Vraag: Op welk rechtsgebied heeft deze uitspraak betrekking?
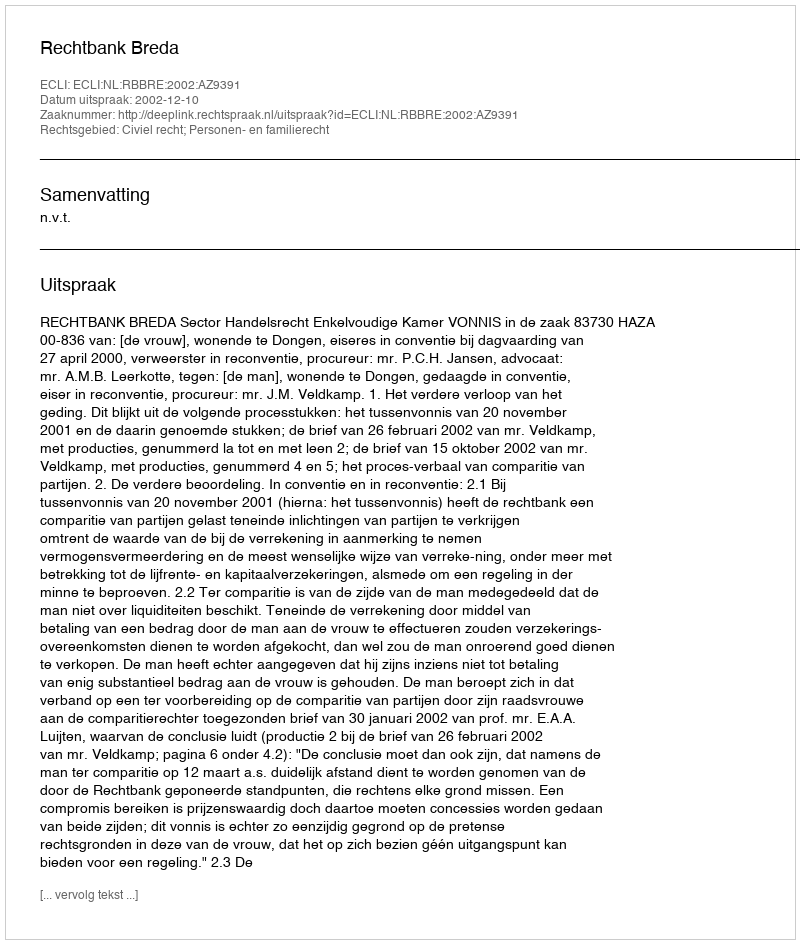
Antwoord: Civiel recht; Personen- en familierecht